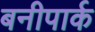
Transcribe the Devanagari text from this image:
बनीपार्क